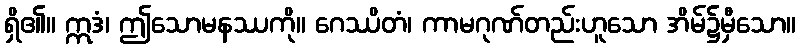
ရှိ၏။ ဣဒံ၊ ဤသောမနဿကို။ ဂေဿိတံ၊ ကာမဂုဏ်တည်းဟူသော အိမ်၌မှီသော။